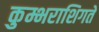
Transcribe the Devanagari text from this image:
कुम्भराशिगते